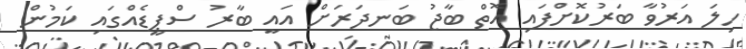
ހިލަ އަރުވާ ބަރުކޮށްފައި އޮތް ބާޖު ބަނދަރަށް އައީ ބާރު ސްޕީޑެއްގައި ކަމުން